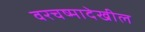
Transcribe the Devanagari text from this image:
वरचष्मादेखील